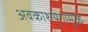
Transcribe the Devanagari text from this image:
अवकाशयुगामुळे